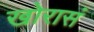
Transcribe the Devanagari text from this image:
खोरासं